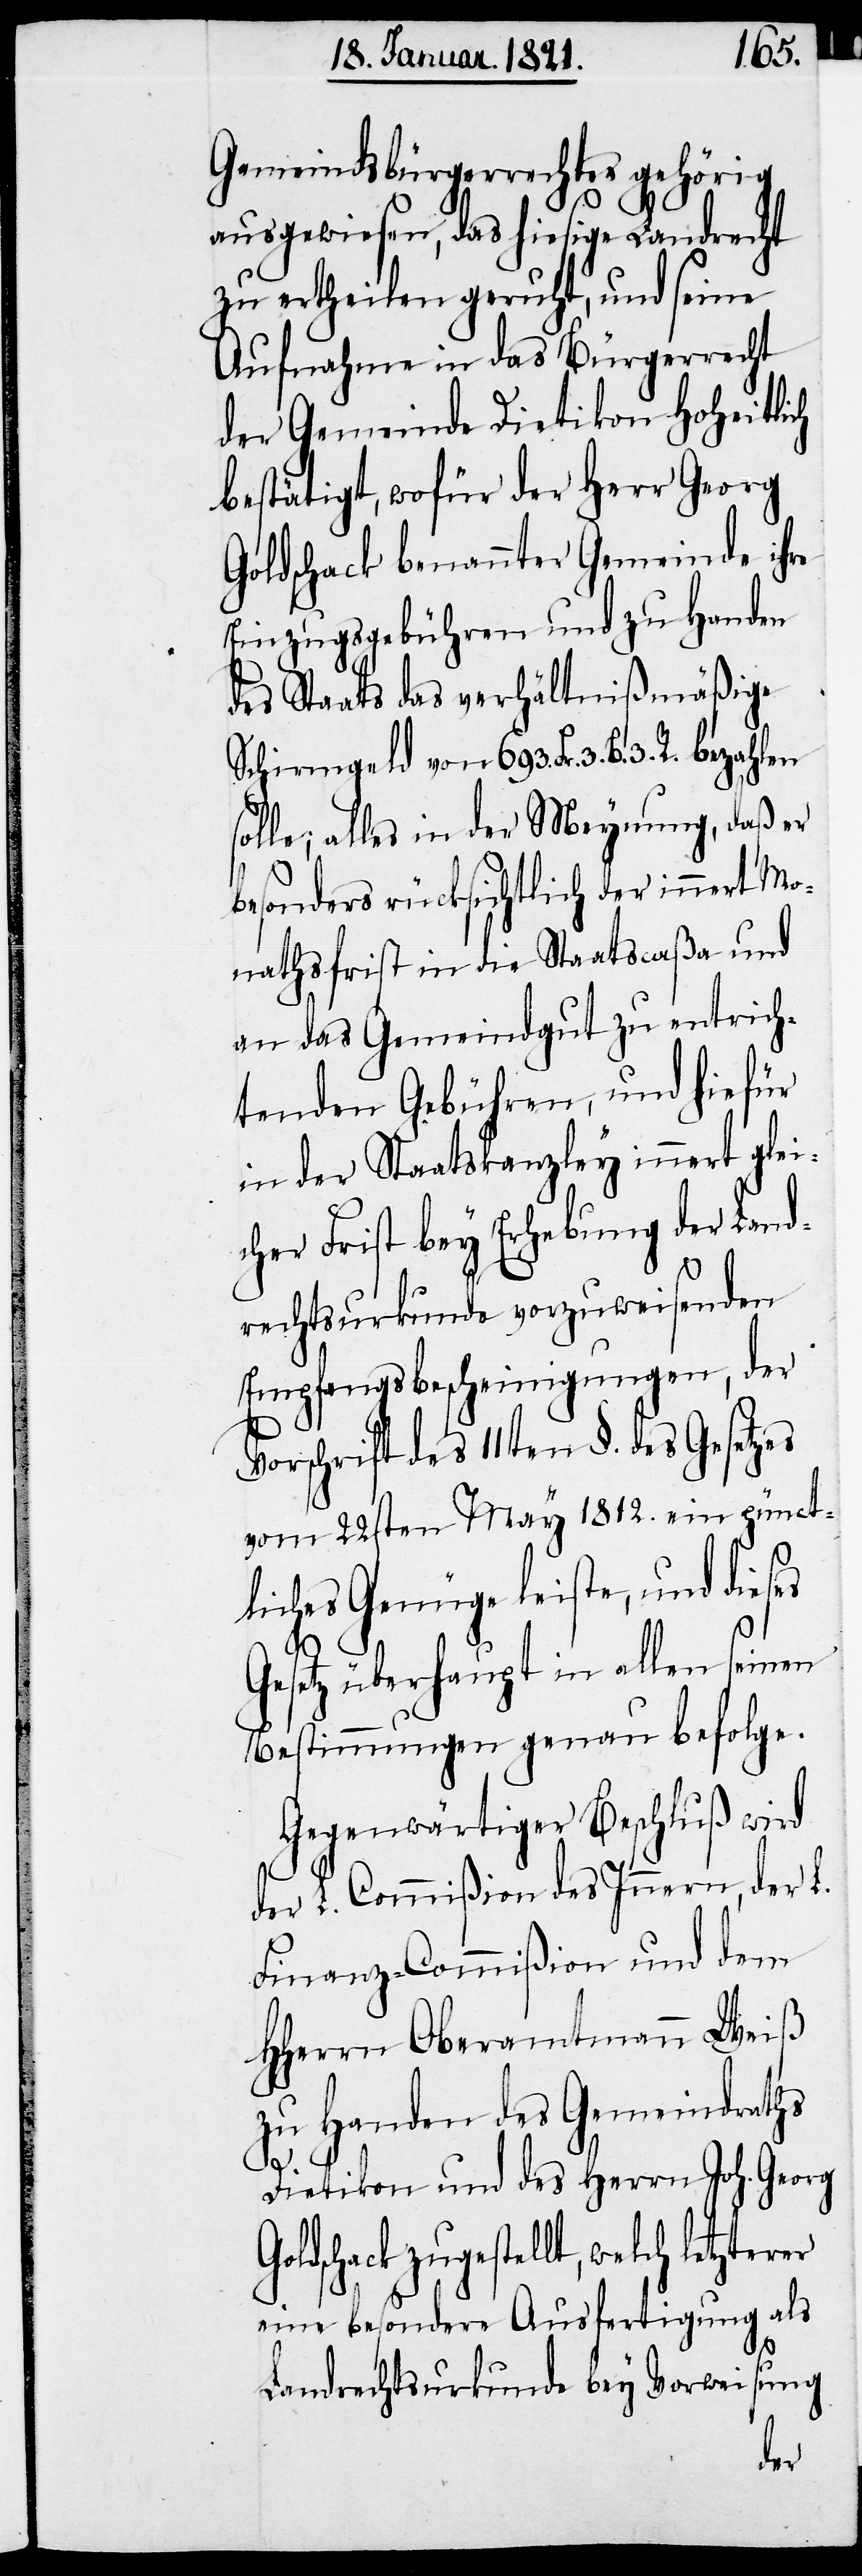
Gemeindsbürgerrechtes gehörig
ausgewiesen, das hiesige Landrecht
zu ertheilen, und seine
Aufnahme in das Bürgerrecht
der Gemeinde Dietikon Hoheitlich
bestätigt, wofür der Herr Georg
Goldschack benannter Gemeinde ihre
Einzugsgebühren und zu Handen
des Staats das verhältnißmäßige
Schirmgeld von 693. Fr. 3. B. 3. R.
solle; alles in der Meynung, daß er
besonders rücksichtlich der innert Mo¬
nathsfrist in die Staatscaßa und
an das Gemeindgut zu entrich¬
tenden Gebühren, und hiefür
in der Staatskanzley innert gle¬
icher Frist bey Erhebung der Land¬
rechtsurkunde vorzuweisenden
Empfangsbescheinigungen, der
Vorschrift des 11ten §. des Gesetzes
vom 22sten May 1812. ein pünct¬
liches Genüge leiste, und dieses
Go¬
Gesetz überhaupt in allen seinen
Bestimmungen genau befolge.
Gegenwärtiger Beschluß wird
Lobl. Commißion des Innern, der L.
Finanz-Commißion und dem
HHerrn Oberamtmann Weiß
zu Handen des Gemeindrathes
Dietikon und des Herrn Joh. Georg
ldschack zugestellt, welch letzterer
eine besondere Ausfertigung als
Landrechtsurkunde bey Vorweisung
der